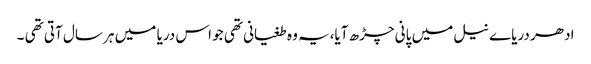
ادھر دریاے نیل میں پانی چڑھ آیا،یہ وہ طغیانی تھی جو اس دریا میں ہر سال آتی تھی ۔